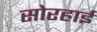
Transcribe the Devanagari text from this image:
सोरहाई